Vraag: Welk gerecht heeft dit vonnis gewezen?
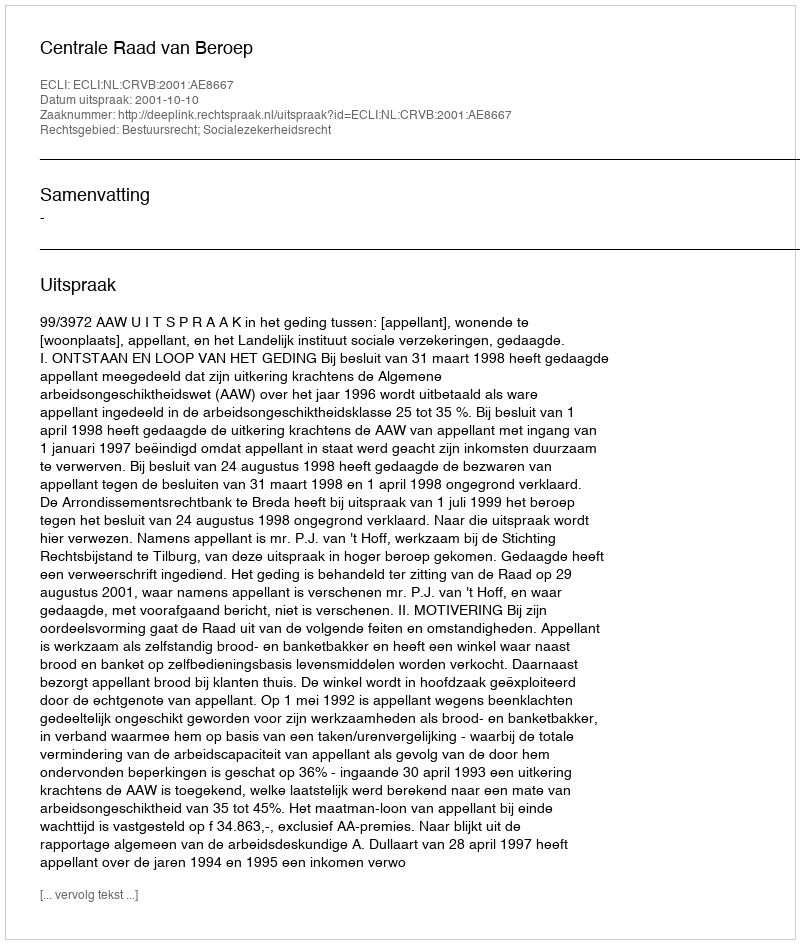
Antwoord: Centrale Raad van Beroep